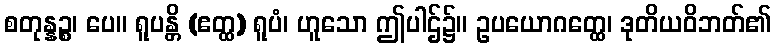
စတုန္နဉ္စ၊ ပေ။ ရူပန္တိ (ဧတ္ထ) ရူပံ၊ ဟူသော ဤပါဌ်၌။ ဥပယောဂတ္ထေ၊ ဒုတိယဝိဘတ်၏